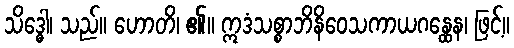
သိဒ္ဓေါ၊ သည်။ ဟောတိ၊ ၏။ ဣဒံသစ္စာဘိနိဝေသကာယဂန္ထေန၊ ဖြင့်။